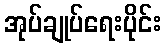
အုပ်ချုပ်ရေးပိုင်း